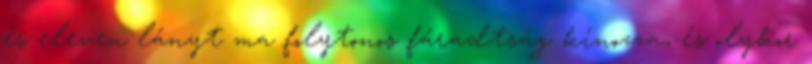
és eleven lányt ma folytonos fáradtság kínozza, és olykor